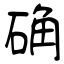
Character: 确